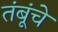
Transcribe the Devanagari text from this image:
तंबूंचे